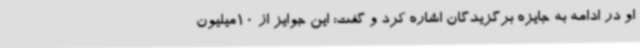
او در ادامه به جایزه برگزیدگان اشاره کرد و گفت: این جوایز از 10میلیون